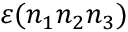
\varepsilon ( n _ { 1 } n _ { 2 } n _ { 3 } )